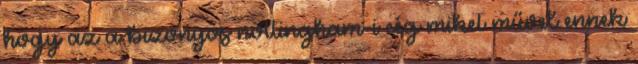
hogy az a bizonyos nottingham-i cég miket művel ennek